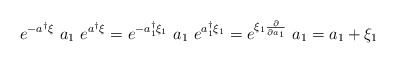
\begin{align*}e^{-a^\dag \xi}~a_1~e^{a^\dag \xi} = e^{-a_1^\dag \xi_1} ~ a_1~e^{a_1^\dag \xi_1} = e^{\xi_1 \frac{\partial}{\partial a_1}}~a_1 = a_1+\xi_1\end{align*}